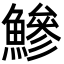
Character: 鰺